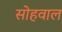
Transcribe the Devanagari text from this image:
सोहवाल